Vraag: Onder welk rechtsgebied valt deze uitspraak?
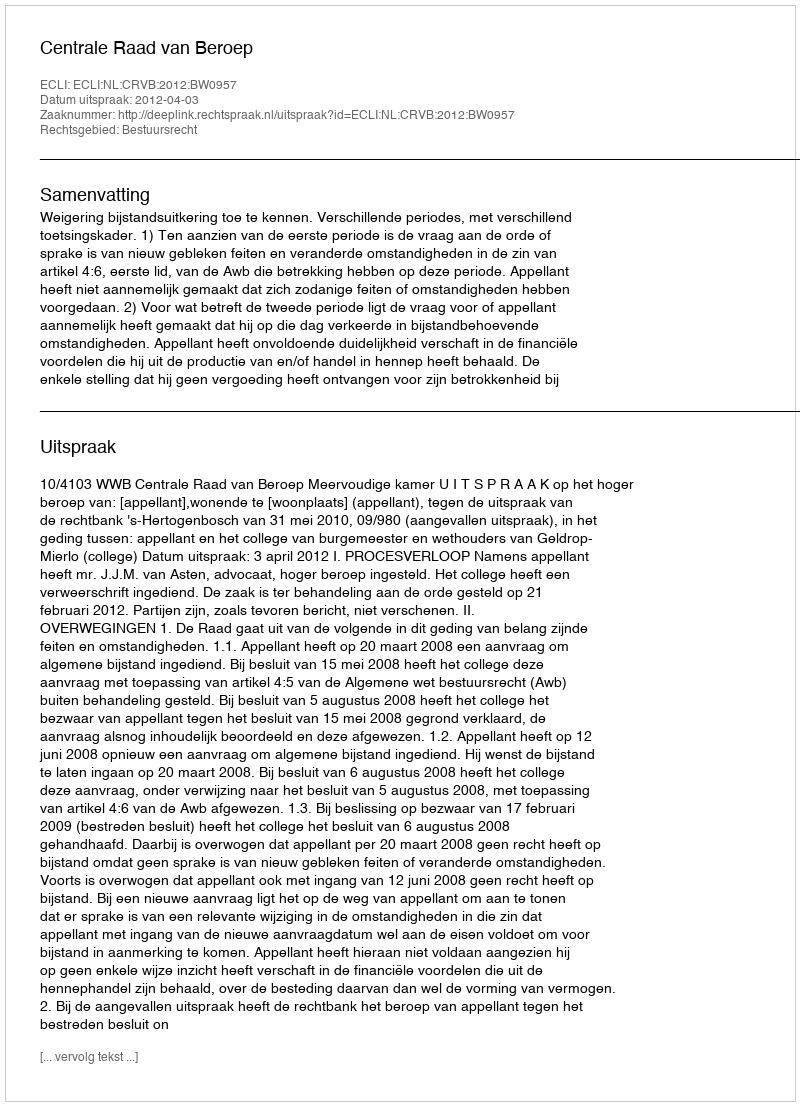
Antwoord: Bestuursrecht